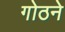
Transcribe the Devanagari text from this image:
गोठने